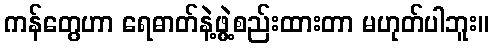
ကန်တွေဟာ ရေဓာတ်နဲ့ဖွဲ့စည်းထားတာ မဟုတ်ပါဘူး။